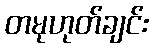
တမုဟုတ်ချင်း